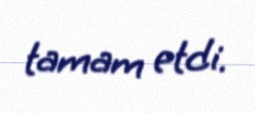
tamam etdi.